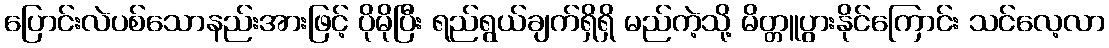
ပြောင်းလဲပစ်သောနည်းအားဖြင့် ပိုမိုပြီး ရည်ရွယ်ချက်ရှိရှိ မည်ကဲ့သို့ မိတ္တူပွားနိုင်ကြောင်း သင်လေ့လာ